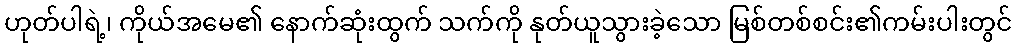
ဟုတ်ပါရဲ့၊ ကိုယ်အမေ၏ နောက်ဆုံးထွက် သက်ကို နုတ်ယူသွားခဲ့သော မြစ်တစ်စင်း၏ကမ်းပါးတွင်